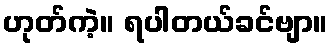
ဟုတ်ကဲ့။ ရပါတယ်ခင်ဗျာ။